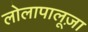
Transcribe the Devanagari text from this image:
लोलापालूज़ा